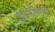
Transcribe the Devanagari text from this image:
इस्सेल्स